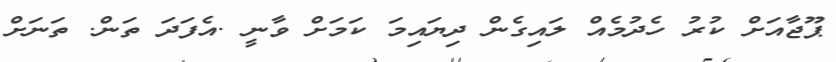
ޕޫޖާއަށް ކުރު ހެދުމެއް ލައިގެން ދިޔައިމަ ކަމަށް ވާނީ .އެފަދަ ތަން. ތަނަށް